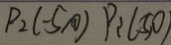
P _ { 2 } ( - 5 , 0 ) P : ( 5 , 0 )